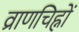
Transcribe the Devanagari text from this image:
व्राणचिह्नों